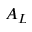
A _ { L }